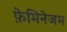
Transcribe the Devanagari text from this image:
फ़ेमिनेजम